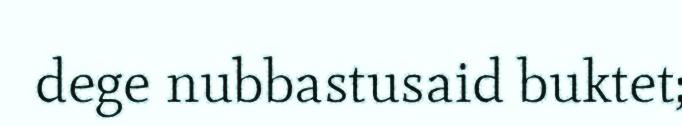
dege nubbastusaid buktet;